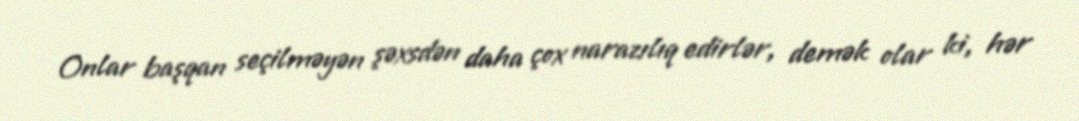
Onlar başqan seçilməyən şəxsdən daha çox narazılıq edirlər, demək olar ki, hər